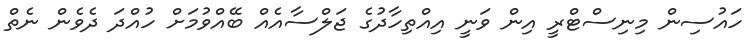
ހައުސިން މިނިސްޓްރީ އިން ވަނީ އިއްތިހާދުގެ ޖަލްސާއެއް ބޭއްވުމަށް ހުއްދަ ދެވެން ނެތް